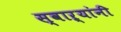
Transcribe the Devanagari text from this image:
स्वाऱ्यांनी